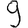
Digit: 9